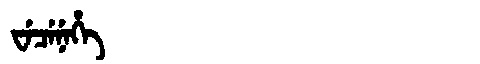
Manchu: ᠸᡝᠴᡝᠨᡝᡥᡝ
Romanization: WECENEHE